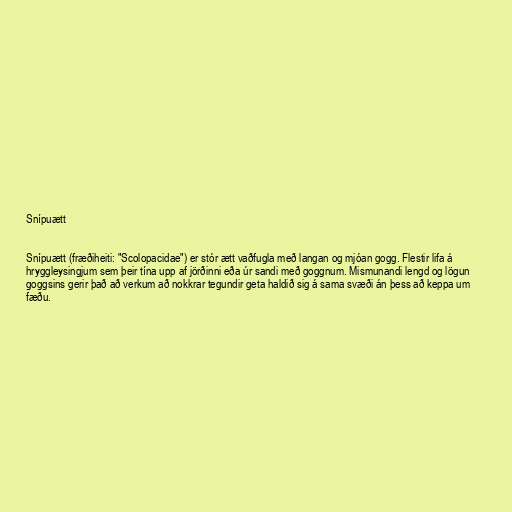
Snípuætt

Snípuætt (fræðiheiti: "Scolopacidae") er stór ætt vaðfugla með langan og mjóan gogg. Flestir lifa á
hryggleysingjum sem þeir tína upp af jörðinni eða úr sandi með goggnum. Mismunandi lengd og lögun
goggsins gerir það að verkum að nokkrar tegundir geta haldið sig á sama svæði án þess að keppa um
fæðu.